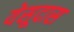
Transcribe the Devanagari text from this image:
येसूदास